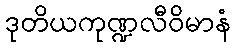
ဒုတိယကုဏ္ဍလီဝိမာနံ